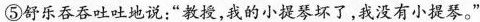
⑤舒乐吞吞吐吐地说：“教授，我的小提琴坏了，我没有小提琴。”